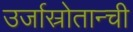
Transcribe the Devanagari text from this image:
उर्जास्रोतान्ची